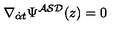
\nabla _ { { \dot { \alpha } } t } \Psi ^ { { \cal A S D } } ( z ) = 0